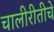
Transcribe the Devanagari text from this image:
चालीरीतीचे